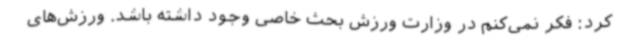
کرد: فکر نمی‌کنم در وزارت ورزش بحث خاصی وجود داشته باشد. ورزش‌های